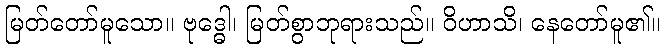
မြတ်တော်မူသော။ ဗုဒ္ဓေါ၊ မြတ်စွာဘုရားသည်။ ဝိဟာသိ၊ နေတော်မူ၏။